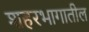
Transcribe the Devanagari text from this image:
शहरभागातील